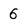
Character: 6